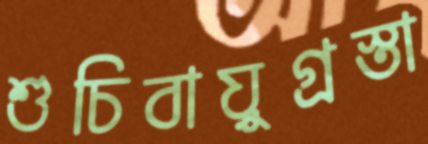
শুচিবায়ুগ্রস্তা